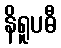
နိရူပဓီ